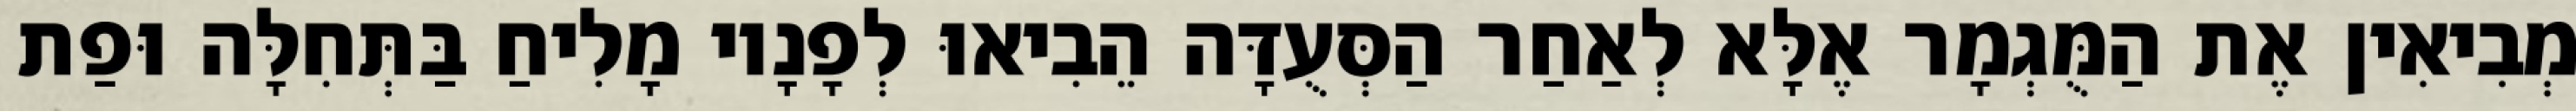
מְבִיאִין אֶת הַמֻּגְמָר אֶלָּא לְאַחַר הַסְּעֻדָּה הֵבִיאוּ לְפָנָיו מָלִיחַ בַּתְּחִלָּה וּפַת